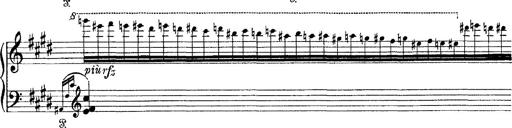
Title: Tarantelle di bravura dâ€™aprÃ¨s la tarantelle de La muette de Portici
Composer: Franz Liszt